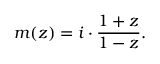
m ( z ) = i \cdot { \frac { 1 + z } { 1 - z } } .